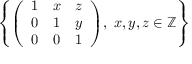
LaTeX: \left\{ { \left( \begin{array} { l l l } { 1 } & { x } & { z } \\ { 0 } & { 1 } & { y } \\ { 0 } & { 0 } & { 1 } \end{array} \right) } , \ x , y , z \in \mathbb { Z } \right\}